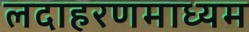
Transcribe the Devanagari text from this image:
लदाहरणमाध्यम